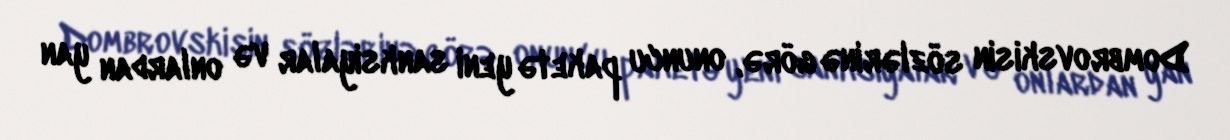
Dombrovskisin sözlərinə görə, onuncu paketə yeni sanksiyalar və onlardan yan